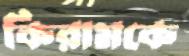
কিরামকে